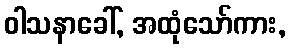
ဝါသနာခေါ်, အထုံသော်ကား,